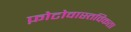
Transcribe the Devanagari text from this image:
फ़ोटोवास्तविकता